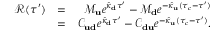
\begin{array} { r l r } { \mathcal { R } ( \tau ^ { \prime } ) } & { = } & { \mathcal { M } _ { \bf u } e ^ { \hat { \kappa } _ { \bf d } \tau ^ { \prime } } - \mathcal { M } _ { \bf d } e ^ { - \hat { \kappa } _ { \bf u } ( \tau _ { c } - \tau ^ { \prime } ) } } \\ & { = } & { \mathcal { C } _ { \bf u d } e ^ { \hat { \kappa } _ { \bf d } \tau ^ { \prime } } - \mathcal { C } _ { \bf d u } e ^ { - \hat { \kappa } _ { \bf u } ( \tau _ { c } - \tau ^ { \prime } ) } . } \end{array}